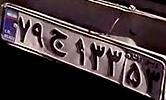
۷۹ج۱۳۳۵۳